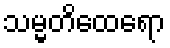
သမ္မတိထေရော